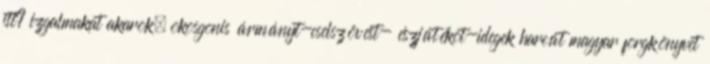
itt? izgalmakat akarok, okosgonis ármányt-cselszövést- észjátékot-idegek harcát magyar forgkönyvet